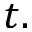
t .